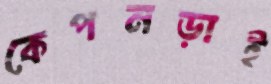
কেপনড়াই